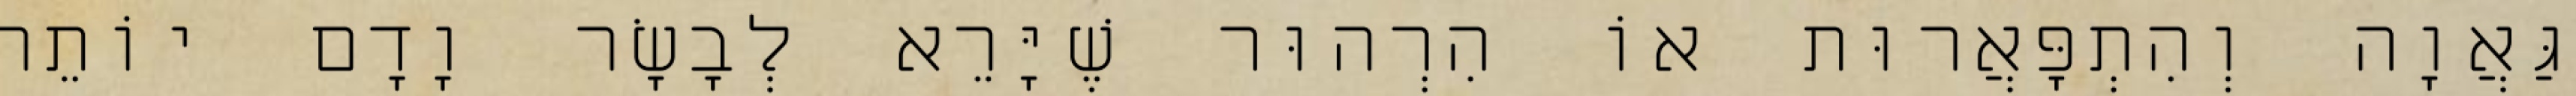
גַּאֲוָה וְהִתְפָּאֲרוּת אוֹ הִרְהוּר שֶׁיָּרֵא לְבָשָׂר וָדָם יוֹתֵר